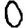
Digit: 0